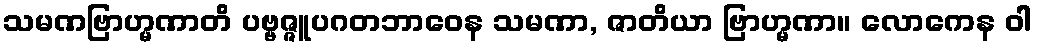
သမဏဗြာဟ္မဏာတိ ပဗ္ဗဇ္ဇူပဂတဘာဝေန သမဏာ, ဇာတိယာ ဗြာဟ္မဏာ။ လောကေန ဝါ